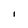
Character: I